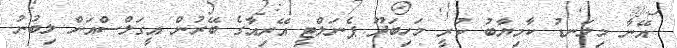
އޭނާ މިލަނޑު ކާމިޔާބު ކުރީ މަހިބަދޫ ޕެނަލްޓީ އޭރިއާގެ ބޭރުން އީގަލްސްއަށް ލިބުނު